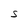
Character: S